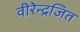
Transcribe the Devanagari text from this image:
वीरेन्द्रजित